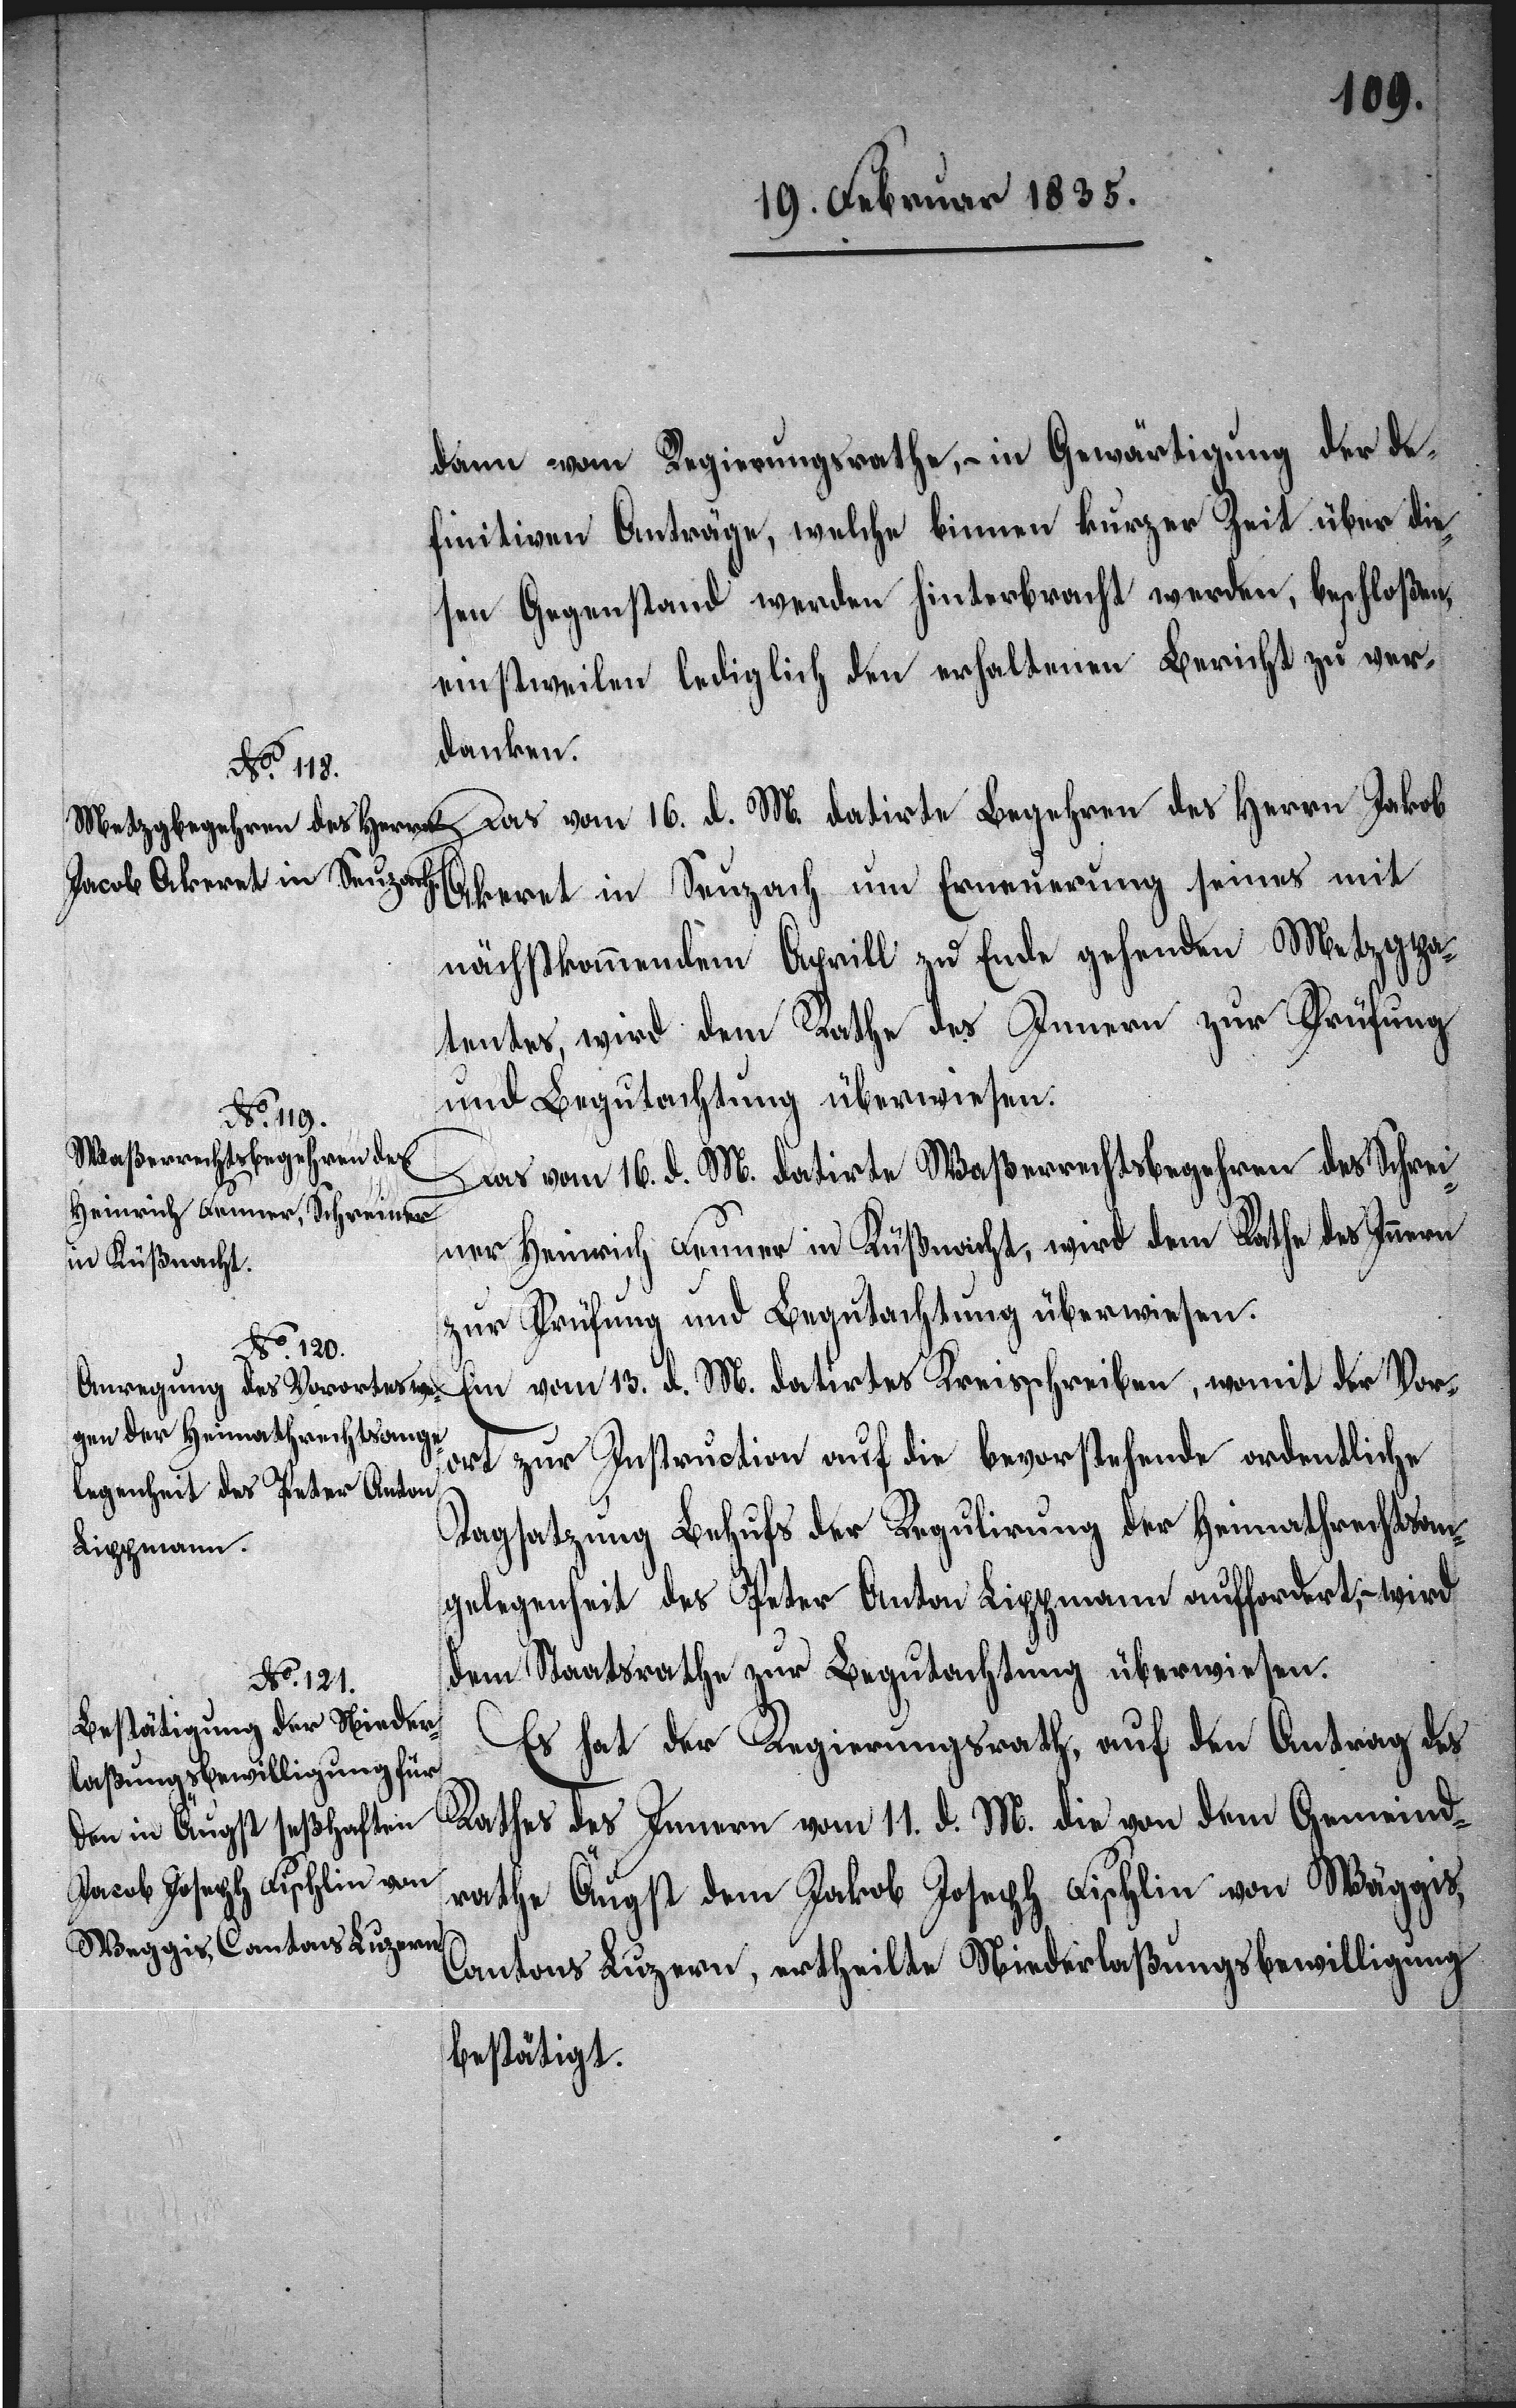
dann vom Regierungsrathe, – in Gewärtigung der de¬
finitiven Anträge, welche binnen kurzer Zeit über die¬
sen Gegenstand werden hinterbracht werden, beschloßen,
einstweilen lediglich den erhaltenen Bericht zu ver¬
danken.
Das vom 16. d. M. datirte Begehren des Herrn Jakob
Akeret in Seuzach um Erneuerung seines mit
nächstkommenden Aprill zu Ende gehenden Metzgpa¬
tentes, wird dem Rathe des Innern zur Prüfung
und Begutachtung überwiesen.
Das vom 16. d. M. datirte Waßerrechtsbegehren des Schrei¬
ners Heinrich Fenner in Küßnacht, wird dem Rathe des Innern
zur Prüfung und Begutachtung überwiesen.
Ein vom 13. d. M. datirtes Kreisschreiben, womit der Vor¬
ort zur Instruction auf die bevorstehende ordentliche
Tagsatzung Behufs der Regulirung der Heimathrechtsan¬
gelegenheit des Peter Anton Lippmann auffordert, – wird
dem Staatsrathe zur Begutachtung überwiesen.
Es hat der Regierungsrath, auf den Antrag des
Rathes des Innern vom 11. d. M. die von dem Gemeind¬
rathe Äugst dem Jakob Joseph Fischlin von Weggis,
Cantons Luzern, ertheilte Niederlaßungsbewilligung
bestätigt.